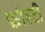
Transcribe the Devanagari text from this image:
फ्रॉस्टी